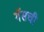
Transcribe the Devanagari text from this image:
गॅसची